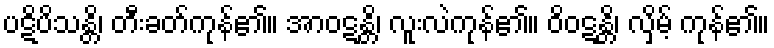
ပဋိပိသန္တိ၊ တီးခတ်ကုန်၏။ အာဝဋန္တိ၊ လူးလဲကုန်၏။ ဝိဝဋန္တိ၊ လှိမ့် ကုန်၏။